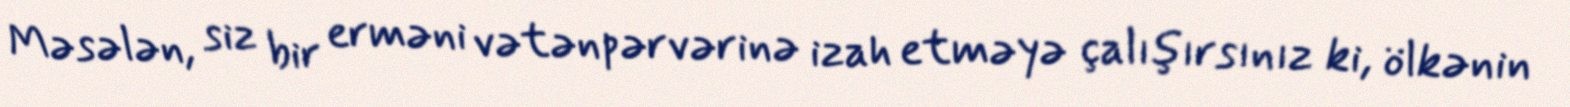
Məsələn, siz bir erməni vətənpərvərinə izah etməyə çalışırsınız ki, ölkənin